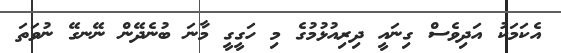
އެކަމަކު އަދިވެސް ގިނައީ ދިރިއުޅުމުގެ މި ހަގީގީ މާނަ ބުނެދޭން ނޭނގޭ ނުވަތަ